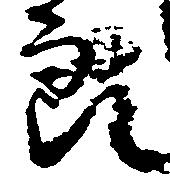
郎